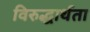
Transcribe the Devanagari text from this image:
विरुद्धार्थता